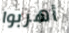
أهربوا